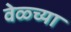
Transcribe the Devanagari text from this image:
वेळ्च्या